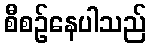
စီစဉ်နေပါသည်